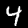
Digit: 4